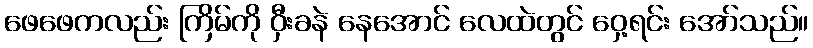
ဖေဖေကလည်း ကြိမ်ကို ဝှီးခနဲ နေအောင် လေထဲတွင် ဝှေ့ရင်း အော်သည်။